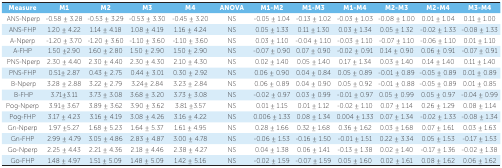
<table><thead><tr><td><b>Measure</b></td><td><b>M1</b></td><td><b>M2</b></td><td><b>M3</b></td><td><b>M4</b></td><td><b>ANOVA</b></td><td><b>M1-M2</b></td><td><b>M1-M3</b></td><td><b>M1-M4</b></td><td><b>M2-M3</b></td><td><b>M2-M4</b></td><td><b>M3-M4</b></td></tr></thead><tbody><tr><td>ANS-Nperp </td><td> -0.58 ± 3.28</td><td> -0.53 ± 3.29</td><td> -0.53 ± 3.30</td><td> -0.45 ± 3.20</td><td> NS</td><td> -0.05 ± 1.04</td><td> -0.13 ± 1.02</td><td> -0.03 ± 1.03</td><td> -0.08 ± 1.00</td><td> 0.01 ± 1.04</td><td> 0.11 ± 1.00</td></tr><tr><td> ANS-FHP</td><td> 1.20 ± 4.22</td><td> 1.14 ± 4.18</td><td> 1.08 ± 4.19</td><td> 1.16 ± 4.24</td><td> NS</td><td> 0.05 ± 1.33</td><td> 0.11 ± 1.30</td><td> 0.03 ± 1.34</td><td> 0.05 ± 1.32</td><td> -0.02 ± 1.33</td><td> -0.08 ± 1.33</td></tr><tr><td> A-Nperp</td><td> -1.20 ± 3.70</td><td> -1.20 ± 3.60</td><td> -1.10 ± 3.60</td><td> -1.10 ± 3.60</td><td> NS</td><td> 0.03 ± 1.10</td><td> -0.04 ± 1.10</td><td> -0.03 ± 1.10</td><td> -0.07 ± 1.10</td><td> -0.06 ± 1.10</td><td> 0.01 ± 1.10</td></tr><tr><td> A-FHP</td><td> 1.50 ±2.90</td><td> 1.60 ± 2.80</td><td> 1.50 ± 2.90</td><td> 1.50 ± 2.90</td><td> NS</td><td> -0.07 ± 0.90</td><td> 0.07 ± 0.90</td><td> -0.02 ± 0.91</td><td> 0.14 ± 0.90</td><td> 0.06 ± 0.91</td><td> -0.07 ± 0.91</td></tr><tr><td>PNS-Nperp</td><td> 2.30 ± 4.40</td><td> 2.30 ± 4.40</td><td> 2.30 ± 4.30</td><td> 2.10 ± 4.30</td><td> NS</td><td> 0.02 ± 1.40</td><td> 0.05 ± 1.40</td><td> 0.17 ± 1.34</td><td> 0.03 ± 1.40</td><td> 0.14 ± 1.40</td><td> 0.11 ± 1.40</td></tr><tr><td> PNS-FHP</td><td> 0.51± 2.87</td><td> 0.43 ± 2.75</td><td> 0.44 ± 3.01</td><td> 0.30 ± 2.92</td><td> NS</td><td> 0.06 ± 0.90</td><td> 0.04 ± 0.84</td><td> 0.05 ± 0.89</td><td> -0.01 ± 0.89</td><td> -0.05 ± 0.89</td><td> 0.01 ± 0.89</td></tr><tr><td>B-Nperp</td><td> 3.28 ± 2.88</td><td> 3.22 ± 2.79</td><td> 3.24± 2.84</td><td> 3.23 ± 2.84</td><td> NS</td><td> 0.06 ± 0.89</td><td> 0.04 ± 0.90</td><td> 0.05 ± 0.92</td><td> -0.01 ± 0.88</td><td> -0.05 ± 0.89</td><td> 0.01 ± 0.85</td></tr><tr><td>B-FHP</td><td> 3.71±3.11</td><td> 3.73 ± 3.08</td><td> 3.68 ± 3.20</td><td> 3.73 ± 3.08</td><td> NS</td><td> -0.02 ± 0.97</td><td> 0.03 ± 0.99</td><td> -0.01 ± 0.97</td><td> 0.05 ± 0.99</td><td> 0.05 ± 0.97</td><td> -0.04 ± 0.99</td></tr><tr><td> Pog-Nperp</td><td> 3.91± 3.67</td><td> 3.89 ± 3.62</td><td> 3.90 ± 3.62</td><td> 3.81 ±3.57</td><td> NS</td><td> 0.01 ± 1.15</td><td> 0.01 ± 1.12</td><td> -0.02 ± 1.10</td><td> 0.07 ± 1.14</td><td> 0.26 ± 1.29</td><td> 0.08 ± 1.14</td></tr><tr><td> Pog-FHP</td><td> 3.17 ± 4.23</td><td> 3.16 ± 4.19</td><td> 3.08 ± 4.26</td><td> 3.16 ± 4.22</td><td> NS</td><td> 0.006 ± 1.33</td><td> 0.08 ± 1.34</td><td> 0.004 ± 1.33</td><td> 0.07 ± 1.34</td><td> -0.02 ± 1.33</td><td> -0.08 ± 1.34</td></tr><tr><td> Gn-Nperp</td><td> 1.97 ±5.27</td><td> 1.68 ± 5.23</td><td> 1.64 ± 5.37</td><td> 1.61 ± 4.95</td><td> NS</td><td> 0.28 ± 1.66</td><td> 0.32 ± 1.68</td><td> 0.36 ± 1.62</td><td> 0.03 ± 1.68</td><td> 0.07 ± 1.61</td><td> 0.03 ± 1.63</td></tr><tr><td> Gn-FHP</td><td> 2.99 ± 4.79</td><td> 3.05 ± 4.86</td><td> 2.83 ± 4.87</td><td> 3.00 ± 4.78</td><td> NS</td><td> -0.06 ± 1.53</td><td> -0.16 ± 1.50</td><td> -0.01 ± 1.51</td><td> 0.22 ± 3.34</td><td> 0.05 ± 1.53</td><td> -0.17 ± 1.53</td></tr><tr><td> Go-Nperp</td><td> 2.25 ± 4.43</td><td> 2.21 ± 4.36</td><td> 2.18 ± 4.46</td><td> 2.38 ± 4.27</td><td> NS</td><td> 0.04 ± 1.38</td><td> 0.06 ± 1.41</td><td> -0.13 ± 1.38</td><td> 0.02 ± 1.40</td><td> -0.17 ± 1.36</td><td> -0.02 ± 1.38</td></tr><tr><td> Go-FHP</td><td> 1.48 ± 4.97</td><td> 1.51 ± 5.09</td><td> 1.48 ± 5.09</td><td> 1.42 ± 5.16</td><td> NS</td><td> -0.02 ± 1.59</td><td> -0.07 ± 1.59</td><td> 0.05 ± 1.60</td><td> 0.02 ± 1.61</td><td> 0.08 ± 1.62</td><td> 0.06 ± 1.62</td></tr></tbody></table>